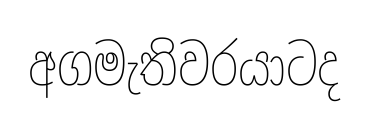
අගමැතිවරයාටද